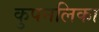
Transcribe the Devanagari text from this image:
कुपनलिका